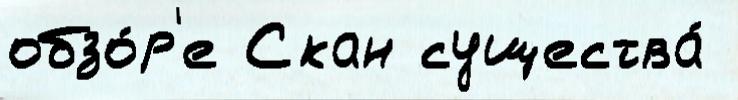
обзо́р'е Скан существа́